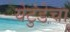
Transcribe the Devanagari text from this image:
येटुंडेचा